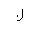
Letter: _lam